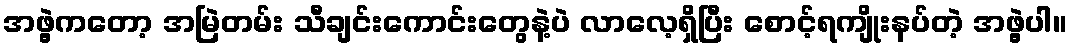
အဖွဲ့ကတော့ အမြဲတမ်း သီချင်းကောင်းတွေနဲ့ပဲ လာလေ့ရှိပြီး စောင့်ရကျိုးနပ်တဲ့ အဖွဲ့ပါ။